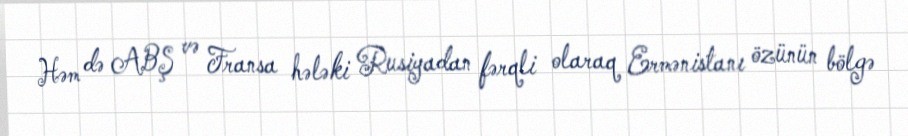
Həm də ABŞ və Fransa hələki Rusiyadan fərqli olaraq Ermənistanı özünün bölgə